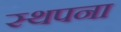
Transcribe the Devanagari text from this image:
स्‍थपना